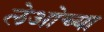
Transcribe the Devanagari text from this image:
लेओच्या